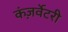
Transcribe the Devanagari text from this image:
कंज़र्वेटरी